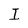
Character: I